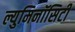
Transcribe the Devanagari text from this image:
ल्युमिनॉसिटी